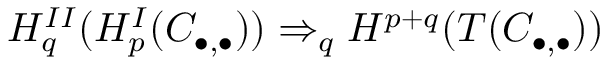
H _ { q } ^ { I I } ( H _ { p } ^ { I } ( C _ { \bullet , \bullet } ) ) \Rightarrow _ { q } H ^ { p + q } ( T ( C _ { \bullet , \bullet } ) )